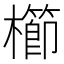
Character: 櫛